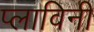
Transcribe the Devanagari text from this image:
प्लाविनी